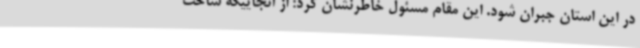
در این استان جبران شود. این مقام مسئول خاطرنشان کرد: از آنجاییکه ساخت